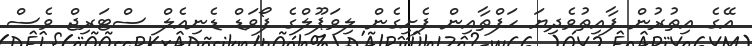
އޭގެ އިތުރުން ފާއިތުވެދިޔަ ހަފްތާއިން ފެށިގެން ލިވަޕޫލްގެ ފޯވަޑް ޑެނިއެލް ސްޓަރިޖް ވެސް